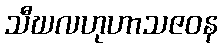
သီဃလဟုဟာသဇဝန